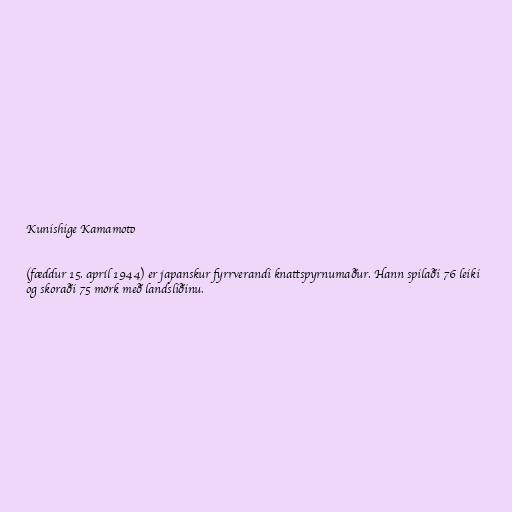
Kunishige Kamamoto

(fæddur 15. apríl 1944) er japanskur fyrrverandi knattspyrnumaður. Hann spilaði 76 leiki
og skoraði 75 mörk með landsliðinu.